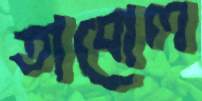
তাবোল